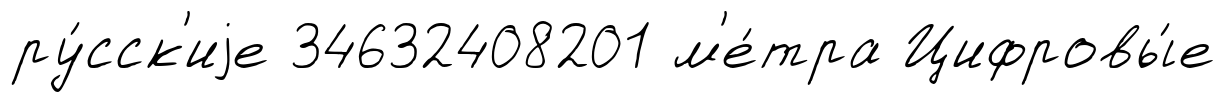
ру́сск'иjе 34632408201 м'е́тра Цифровы́е